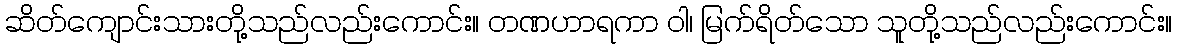
ဆိတ်ကျောင်းသားတို့သည်လည်းကောင်း။ တဏဟာရကာ ဝါ၊ မြက်ရိတ်သော သူတို့သည်လည်းကောင်း။